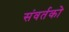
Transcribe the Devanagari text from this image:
संवर्तको